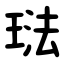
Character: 琺